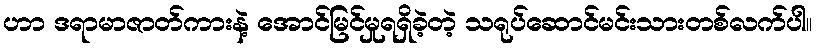
ဟာ ဒရာမာဇာတ်ကားနဲ့ အောင်မြင်မှုရရှိခဲ့တဲ့ သရုပ်ဆောင်မင်းသားတစ်လက်ပါ။